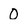
Character: 0